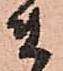
ま